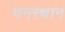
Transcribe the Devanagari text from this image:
धनस्थान